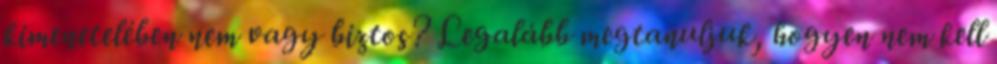
kimenetelében nem vagy biztos? Legalább megtanuljuk, hogyen nem kell